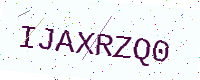
Text: IJAXRZQ0